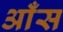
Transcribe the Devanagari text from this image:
आँस